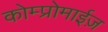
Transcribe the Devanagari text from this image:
कोम्प्रोमाईज़